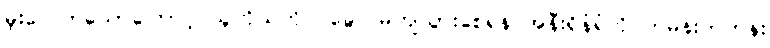
မူးဝေလာသောကြောင့် သူကိုယ်တိုင် ခွေလဲမကျသွားစေရန် အနီးရှိနံရံကို ကမန်းကတန်း